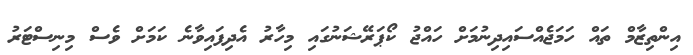
އިންތިޒާމް ތައް ހަމަޖެއްސައިދިނުމަށް ހައްޖު ކޯޕަރޭޝަނުގައި މިހާރު އެދިފައިވާނެ ކަމަށް ވެސް މިނިސްޓަރު